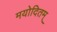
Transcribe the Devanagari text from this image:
मयोदितम्